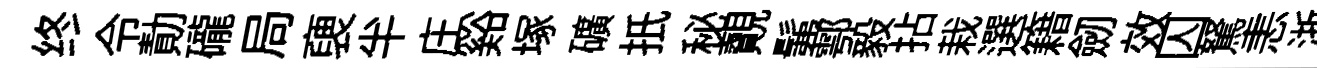
终令勣礲局褏半庄谿塚礦扺秘覿髴鄠毅拈栽選籍劒效囚駑恚浙